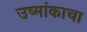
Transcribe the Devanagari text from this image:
उष्मांकाचा